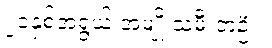
၂၁နှစ်အရွယ် အမျိုးသမီးတဦး။